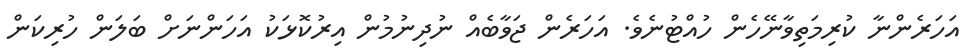
އަހަރެންނާ ކުރިމަތިވާނޭހެން ހުއްޓުނެވެ. އަހަރެން ޖަވާބެއް ނުދިނުމުން އިރުކޮޅަކު އަހަންނަށް ބަލަން ހުރިކަން